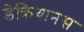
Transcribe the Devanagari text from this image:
डेक्रियानस